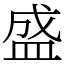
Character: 盛